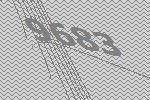
9683